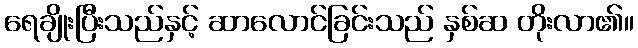
ရေချိုးပြီးသည်နှင့် ဆာလောင်ခြင်းသည် နှစ်ဆ တိုးလာ၏။